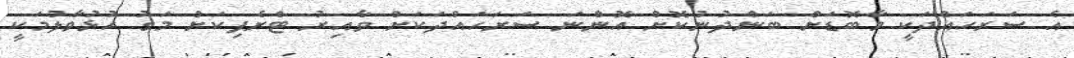
އެ ސަރަހައްދަކީ މާބޮޑަށް ބަންދުނުކޮށް އޮންނަ ސަރަހައްދަކަށް ވާއިރު ޓްރެފިކަށް މަގު ހުޅުވާލުމަކީ